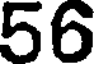
56